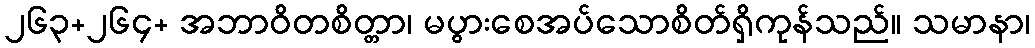
၂၆၃+၂၆၄+ အဘာဝိတစိတ္တာ၊ မပွားစေအပ်သောစိတ်ရှိကုန်သည်။ သမာနာ၊